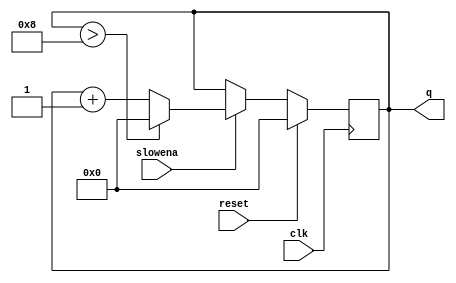
module top_module (
    input clk,
    input slowena,
    input reset,
    output [3:0] q
);
    
    always @(posedge clk) begin
        if (reset == 1'b1) begin
            q <= 4'h0;
        end
        else begin
            if (slowena == 1'b1) begin
                q <= (q > 4'h8) ? 4'h0 : q + 4'h1;
            end
        end
    end

endmodule